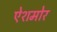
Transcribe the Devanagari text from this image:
ऐशमोर